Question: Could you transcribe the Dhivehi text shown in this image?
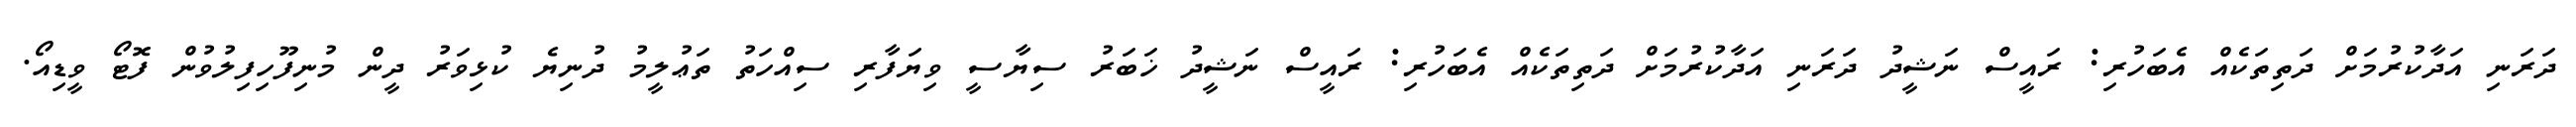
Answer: ދަރަނި އަދާކުރުމަށް ދަތިތަކެއް އެބަހުރި: ރައީސް ނަޝީދު ދަރަނި އަދާކުރުމަށް ދަތިތަކެއް އެބަހުރި: ރައީސް ނަޝީދު ޚަބަރު ސިޔާސީ ވިޔަފާރި ސިއްހަތު ތަޢުލީމު ދުނިޔެ ކުޅިވަރު ދީން މުނިފޫހިފިލުވުން ފޮޓޯ ވީޑިއޯ.